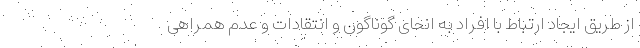
از طریق ایجاد ارتباط با افراد به انحای گوناگون و انتقادات و عدم همراهی